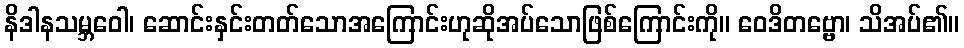
နိဒါနသမ္ဘဝေါ၊ ဆောင်းနှင်းတတ်သောအကြောင်းဟုဆိုအပ်သောဖြစ်ကြောင်းကို။ ဝေဒိတဗ္ဗော၊ သိအပ်၏။